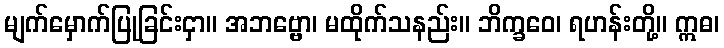
မျက်မှောက်ပြုခြင်းငှာ။ အဘဗ္ဗော၊ မထိုက်သနည်း။ ဘိက္ခဝေ၊ ရဟန်းတို့။ ဣဓ၊